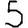
Digit: 5